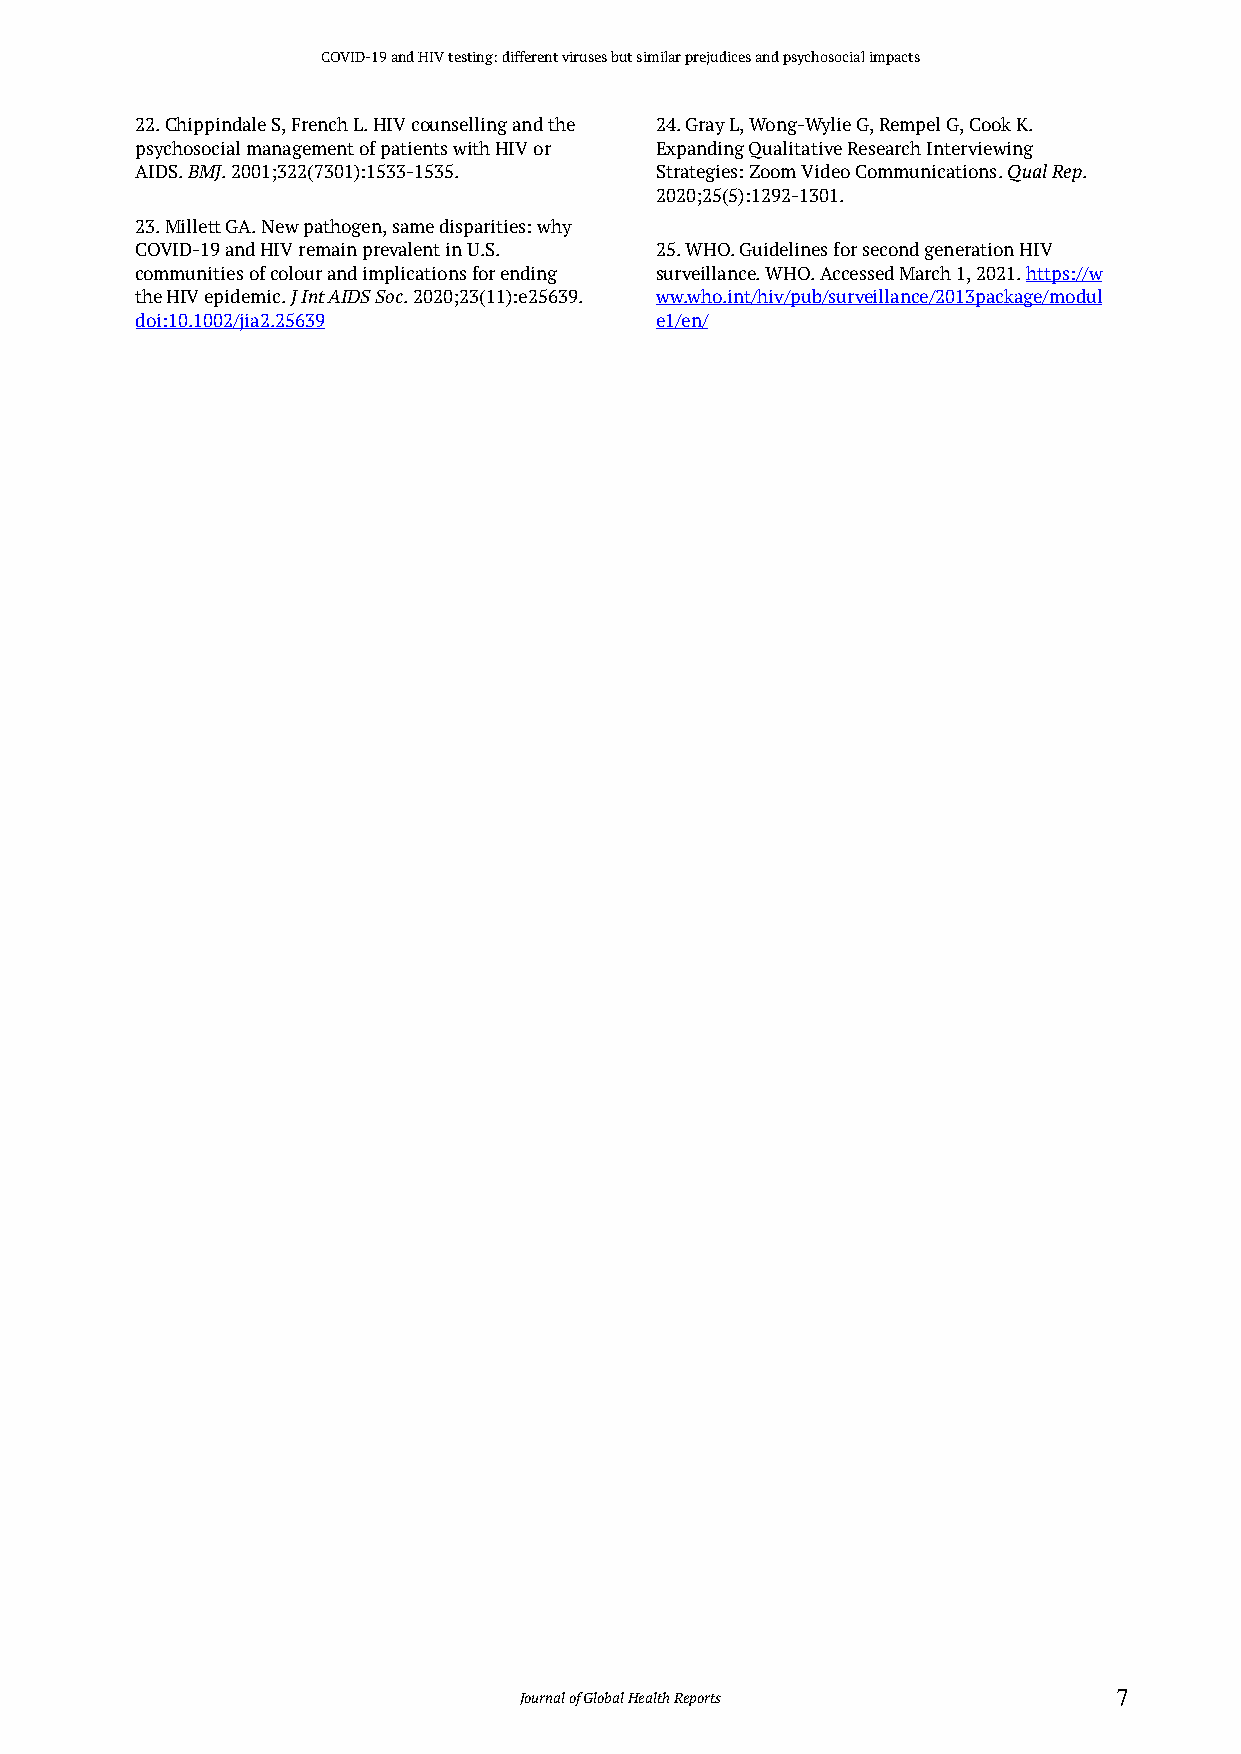
COVID-19 and HIV testing: different viruses but similar prejudices and psychosocial impacts
 22. Chippindale S, French L. HIV counselling and the 24. Gray L, Wong-Wylie G, Rempel G, Cook K.
 psychosocial management of patients with HIV or Expanding Qualitative Research Interviewing
 AIDS. BMJ. 2001;322(7301):1533-1535. Strategies: Zoom Video Communications. Qual Rep.
 2020;25(5):1292-1301.
 23. Millett GA. New pathogen, same disparities: why
 COVID-19 and HIV remain prevalent in U.S. 25. WHO. Guidelines for second generation HIV
 communities of colour and implications for ending surveillance. WHO. Accessed March 1, 2021. https://w
 the HIV epidemic. J Int AIDS Soc. 2020;23(11):e25639. ww.who.int/hiv/pub/surveillance/2013package/modul
 doi:10.1002/jia2.25639            e1/en/
 Journal of Global Health Reports        7